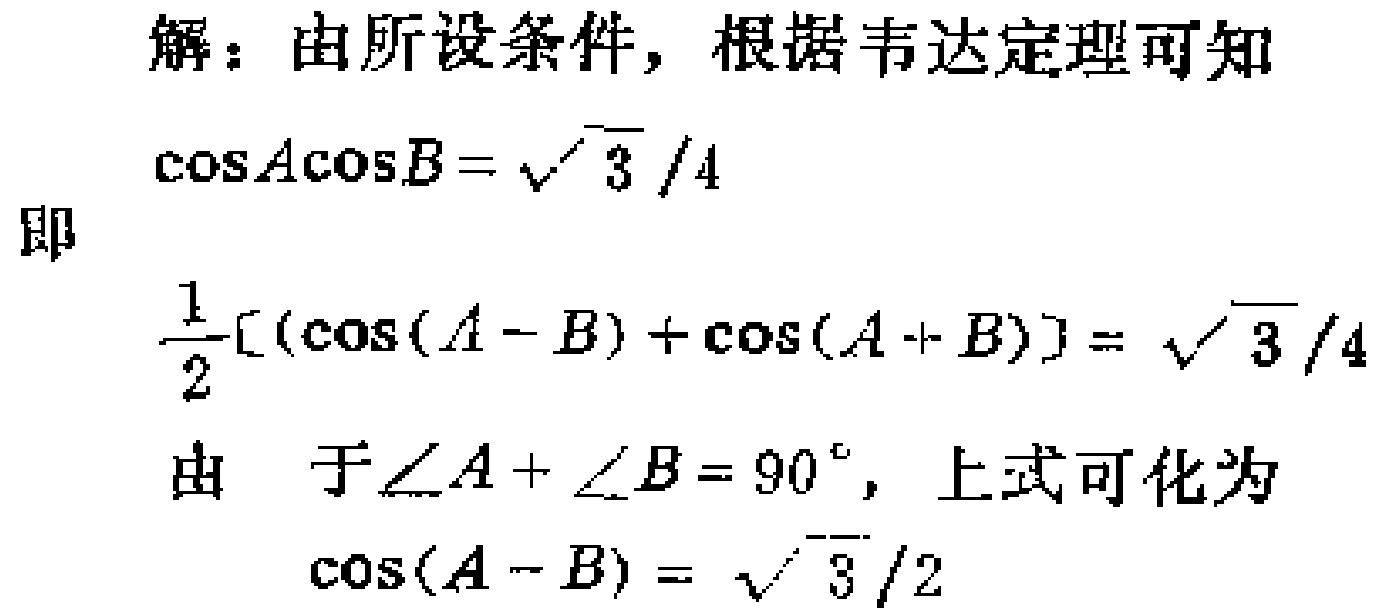
解：由所设条件, 根据韦达定理可知
\(\cos A\cos B = \sqrt{3}/4\)
即
\(\frac{1}{2}[(\cos(A - B)+\cos(A + B)] = \sqrt{3}/4\)
由 于\(\angle A+\angle B = 90^{\circ}\), 上式可化为
\(\cos(A - B)=\sqrt{3}/2\)